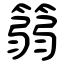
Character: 篛